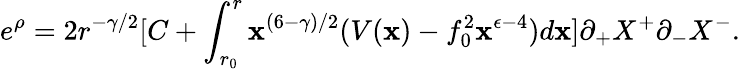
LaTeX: e^{\rho}=2r^{-\gamma/2}[C+\int_{r_{0}}^{r}\mathbf{x}^{(6-\gamma)/2}(V(\mathbf{x})-f_{0}^{2}\mathbf{x}^{\epsilon-4})d\mathbf{x}]\partial_{+}X^{+}\partial_{-}X^{-}.